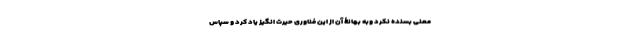
معنی بسنده نکرد وبه بهانۀ آن از این فناوری حیرت انگیز یاد کرد و سپاس